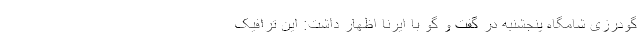
گودرزی شامگاه پنجشنبه در گفت و گو با ایرنا اظهار داشت: این ترافیک